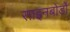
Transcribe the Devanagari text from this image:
साइनबोर्डों